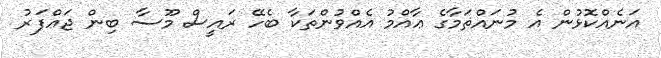
އަނެއްކޮޅުން އެ މުނައްޡަމާގެ ޢާއްމު އެއްވުންތަކާ ބެހޭ ރައީސް މޫސާ ބިން ޖަޢްފަރު